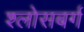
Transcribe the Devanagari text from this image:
श्लोसबर्ग